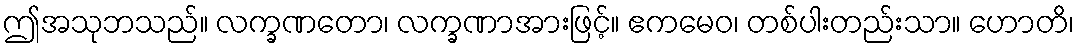
ဤအသုဘသည်။ လက္ခဏတော၊ လက္ခဏာအားဖြင့်။ ဧကမေဝ၊ တစ်ပါးတည်းသာ။ ဟောတိ၊